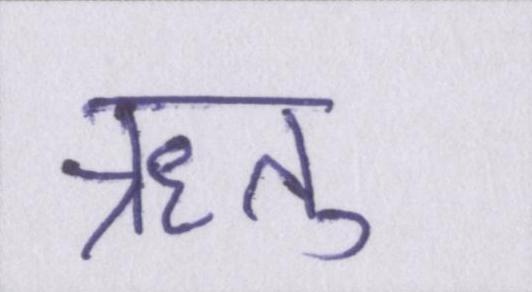
ऋतु